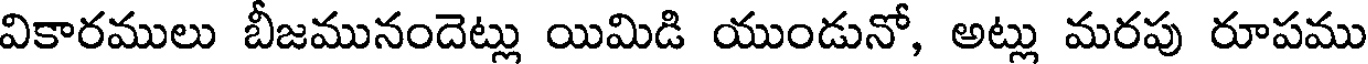
వికారములు బీజమునందెట్లు యిమిడి యుండునో, అట్లు మరపు రూపము